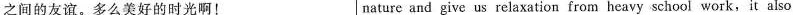
之间的友谊。多么美好的时光啊! nature and give us relaxation from heavy school work,it also